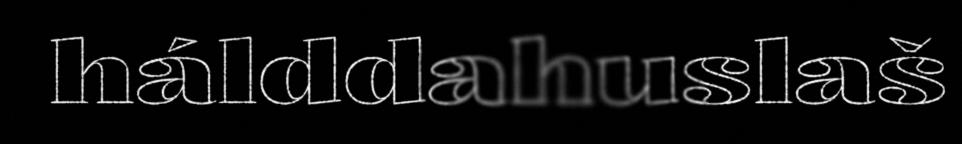
hálddahuslaš